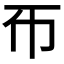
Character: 𢁓